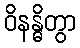
ဝိနန္ဓိတွာ